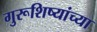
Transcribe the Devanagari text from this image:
गुरूशिष्यांच्या